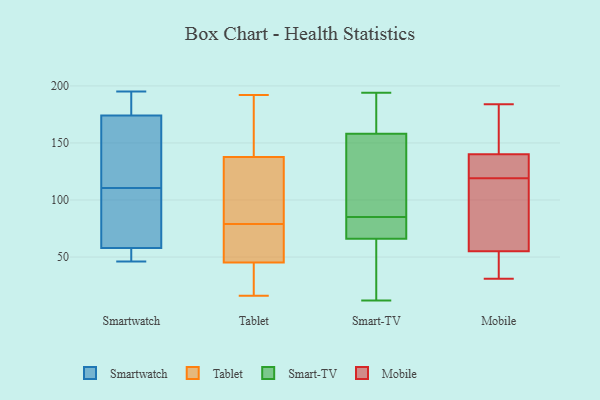
{"axis": {"x": "Tickets Resolved", "y": "Value"}, "legend": ["Mobile", "Smart-TV", "Smartwatch", "Tablet"], "data": [{"x": "", "y": 161, "type": "Smartwatch"}, {"x": "", "y": 58, "type": "Smartwatch"}, {"x": "", "y": 174, "type": "Smartwatch"}, {"x": "", "y": 54, "type": "Smartwatch"}, {"x": "", "y": 94, "type": "Smartwatch"}, {"x": "", "y": 54, "type": "Smartwatch"}, {"x": "", "y": 127, "type": "Smartwatch"}, {"x": "", "y": 193, "type": "Smartwatch"}, {"x": "", "y": 177, "type": "Smartwatch"}, {"x": "", "y": 145, "type": "Smartwatch"}, {"x": "", "y": 195, "type": "Smartwatch"}, {"x": "", "y": 76, "type": "Smartwatch"}, {"x": "", "y": 186, "type": "Smartwatch"}, {"x": "", "y": 72, "type": "Smartwatch"}, {"x": "", "y": 58, "type": "Smartwatch"}, {"x": "", "y": 139, "type": "Smartwatch"}, {"x": "", "y": 66, "type": "Smartwatch"}, {"x": "", "y": 46, "type": "Smartwatch"}, {"x": "", "y": 70, "type": "Tablet"}, {"x": "", "y": 39, "type": "Tablet"}, {"x": "", "y": 111, "type": "Tablet"}, {"x": "", "y": 128, "type": "Tablet"}, {"x": "", "y": 46, "type": "Tablet"}, {"x": "", "y": 37, "type": "Tablet"}, {"x": "", "y": 60, "type": "Tablet"}, {"x": "", "y": 141, "type": "Tablet"}, {"x": "", "y": 84, "type": "Tablet"}, {"x": "", "y": 16, "type": "Tablet"}, {"x": "", "y": 127, "type": "Tablet"}, {"x": "", "y": 79, "type": "Tablet"}, {"x": "", "y": 192, "type": "Tablet"}, {"x": "", "y": 24, "type": "Tablet"}, {"x": "", "y": 166, "type": "Tablet"}, {"x": "", "y": 53, "type": "Tablet"}, {"x": "", "y": 45, "type": "Tablet"}, {"x": "", "y": 164, "type": "Tablet"}, {"x": "", "y": 189, "type": "Tablet"}, {"x": "", "y": 12, "type": "Smart-TV"}, {"x": "", "y": 84, "type": "Smart-TV"}, {"x": "", "y": 186, "type": "Smart-TV"}, {"x": "", "y": 31, "type": "Smart-TV"}, {"x": "", "y": 137, "type": "Smart-TV"}, {"x": "", "y": 86, "type": "Smart-TV"}, {"x": "", "y": 118, "type": "Smart-TV"}, {"x": "", "y": 70, "type": "Smart-TV"}, {"x": "", "y": 185, "type": "Smart-TV"}, {"x": "", "y": 158, "type": "Smart-TV"}, {"x": "", "y": 194, "type": "Smart-TV"}, {"x": "", "y": 56, "type": "Smart-TV"}, {"x": "", "y": 66, "type": "Smart-TV"}, {"x": "", "y": 82, "type": "Smart-TV"}, {"x": "", "y": 117, "type": "Mobile"}, {"x": "", "y": 39, "type": "Mobile"}, {"x": "", "y": 121, "type": "Mobile"}, {"x": "", "y": 77, "type": "Mobile"}, {"x": "", "y": 41, "type": "Mobile"}, {"x": "", "y": 159, "type": "Mobile"}, {"x": "", "y": 136, "type": "Mobile"}, {"x": "", "y": 133, "type": "Mobile"}, {"x": "", "y": 184, "type": "Mobile"}, {"x": "", "y": 150, "type": "Mobile"}, {"x": "", "y": 55, "type": "Mobile"}, {"x": "", "y": 140, "type": "Mobile"}, {"x": "", "y": 82, "type": "Mobile"}, {"x": "", "y": 31, "type": "Mobile"}]}